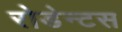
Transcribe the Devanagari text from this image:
रोडेन्टस